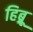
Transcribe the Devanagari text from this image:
हिब्र्रू